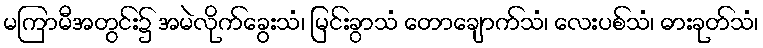
မကြာမီအတွင်း၌ အမဲလိုက်ခွေးသံ၊ မြင်းခွာသံ တောချောက်သံ၊ လေးပစ်သံ၊ ဓားခုတ်သံ၊